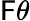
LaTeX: \mathsf{F}\theta